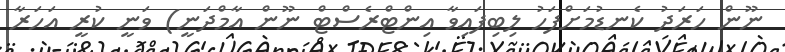
ނޫން ހަރަދު ކެނޑުމަށްފަހު ލިބިފައިވާ އިންޓްރެސްޓް ނޫން އާމްދަނީ) ވަނީ ކުރީ އަހަރާ